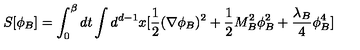
S [ \phi _ { B } ] = \int _ { 0 } ^ { \beta } d t \int d ^ { d - 1 } x [ \frac { 1 } { 2 } ( \nabla \phi _ { B } ) ^ { 2 } + \frac { 1 } { 2 } M _ { B } ^ { 2 } \phi _ { B } ^ { 2 } + \frac { \lambda _ { B } } { 4 } \phi _ { B } ^ { 4 } ]